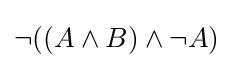
\neg ((A\wedge B)\wedge \neg A)